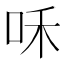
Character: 咊